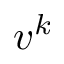
v ^ { k }